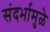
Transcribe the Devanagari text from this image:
संदर्भामुळे